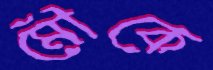
মৌকে